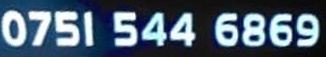
0751 544 6869